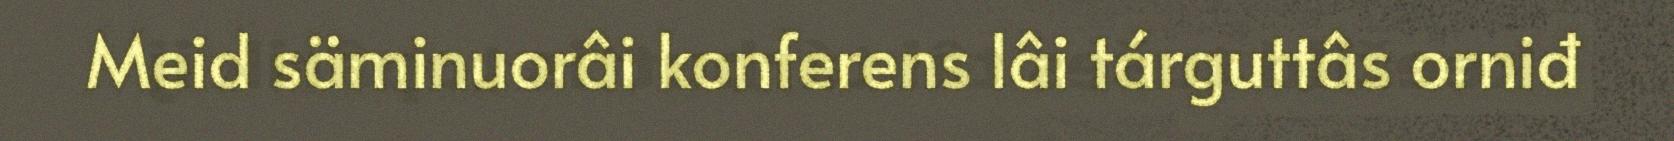
Meid säminuorâi konferens lâi tárguttâs orniđ